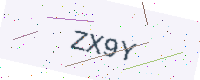
Text: ZX9Y